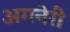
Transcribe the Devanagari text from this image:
अगनेरी